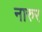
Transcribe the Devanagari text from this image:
नारुर